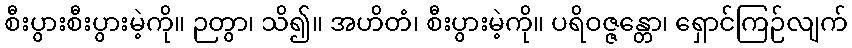
စီးပွားစီးပွားမဲ့ကို။ ဉတွာ၊ သိ၍။ အဟိတံ၊ စီးပွားမဲ့ကို။ ပရိဝဇ္ဇန္တော၊ ရှောင်ကြဉ်လျက်